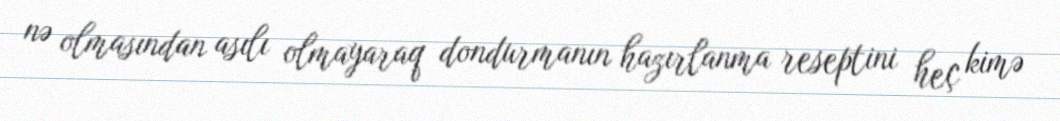
nə olmasından asılı olmayaraq dondurmanın hazırlanma reseptini heç kimə